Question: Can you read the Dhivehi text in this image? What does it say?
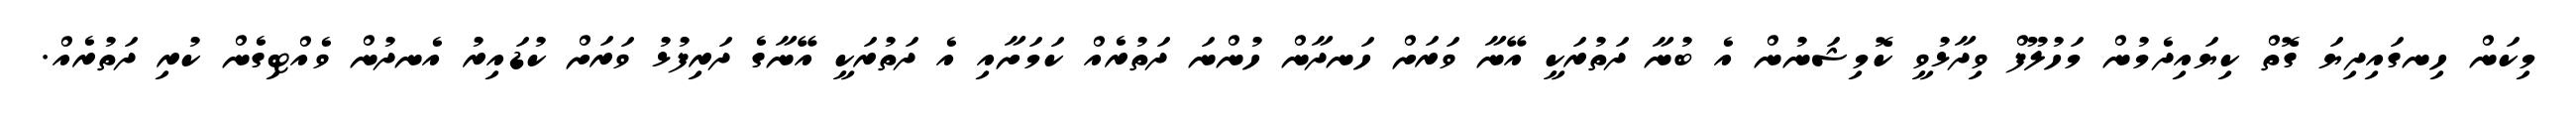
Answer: މިކަން ހިނގައިދިޔަ ގޮތް ކިޔައިދެމުން މަހުލޫފް ވިދާޅުވީ ކޮމިޝަނުން އެ ބުނާ ދަތުރަކީ އޭނާ ވަރަށް ހަނދާން ހުންނަ ދަތުރެއް ކަމަށާއި އެ ދަތުރަކީ އޭނާގެ ދަރިފުޅު ވަރަށް ކުޑައިރު އެނދުން ވެއްޓިގެން ކުރި ދަތުރެއް.